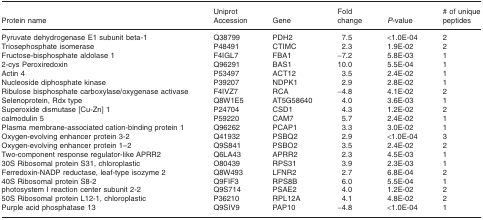
<table><thead><tr><td><b>Protein name</b></td><td><b>Uniprot Accession</b></td><td><b>Gene</b></td><td><b>Fold change</b></td><td><b><i>P</i>-value</b></td><td><b># of unique peptides</b></td></tr></thead><tbody><tr><td>Pyruvate dehydrogenase E1 subunit beta-1</td><td>Q38799</td><td>PDH2</td><td>7.5</td><td>&lt;1.0E-04</td><td>2</td></tr><tr><td>Triosephosphate isomerase</td><td>P48491</td><td>CTIMC</td><td>2.3</td><td>1.9E-02</td><td>2</td></tr><tr><td>Fructose-bisphosphate aldolase 1</td><td>F4IGL7</td><td>FBA1</td><td>−7.2</td><td>5.8E-03</td><td>1</td></tr><tr><td>2-cys Peroxiredoxin</td><td>Q96291</td><td>BAS1</td><td>10.0</td><td>5.5E-04</td><td>1</td></tr><tr><td>Actin 4</td><td>P53497</td><td>ACT12</td><td>3.5</td><td>2.4E-02</td><td>1</td></tr><tr><td>Nucleoside diphosphate kinase</td><td>P39207</td><td>NDPK1</td><td>2.9</td><td>2.8E-02</td><td>1</td></tr><tr><td>Ribulose bisphosphate carboxylase/oxygenase activase</td><td>F4IVZ7</td><td>RCA</td><td>−4.8</td><td>4.1E-02</td><td>2</td></tr><tr><td>Selenoprotein, Rdx type</td><td>Q8W1E5</td><td>AT5G58640</td><td>4.0</td><td>3.6E-03</td><td>1</td></tr><tr><td>Superoxide dismutase [Cu-Zn] 1</td><td>P24704</td><td>CSD1</td><td>4.3</td><td>1.2E-02</td><td>2</td></tr><tr><td>calmodulin 5</td><td>P59220</td><td>CAM7</td><td>5.7</td><td>2.4E-02</td><td>1</td></tr><tr><td>Plasma membrane-associated cation-binding protein 1</td><td>Q96262</td><td>PCAP1</td><td>3.3</td><td>3.0E-02</td><td>1</td></tr><tr><td>Oxygen-evolving enhancer protein 3-2</td><td>Q41932</td><td>PSBQ2</td><td>2.9</td><td>&lt;1.0E-04</td><td>3</td></tr><tr><td>Oxygen-evolving enhancer protein 1–2</td><td>Q9S841</td><td>PSBO2</td><td>3.5</td><td>2.4E-02</td><td>2</td></tr><tr><td>Two-component response regulator-like APRR2</td><td>Q6LA43</td><td>APRR2</td><td>2.3</td><td>4.5E-03</td><td>1</td></tr><tr><td>30S Ribosomal protein S31, chloroplastic</td><td>O80439</td><td>RPS31</td><td>3.9</td><td>2.3E-03</td><td>1</td></tr><tr><td>Ferredoxin-NADP reductase, leaf-type isozyme 2</td><td>Q8W493</td><td>LFNR2</td><td>2.7</td><td>6.8E-04</td><td>2</td></tr><tr><td>40S Ribosomal protein S8-2</td><td>Q9FIF3</td><td>RPS8B</td><td>6.0</td><td>5.5E-04</td><td>1</td></tr><tr><td>photosystem I reaction center subunit 2-2</td><td>Q9S714</td><td>PSAE2</td><td>4.0</td><td>1.2E-02</td><td>2</td></tr><tr><td>50S Ribosomal protein L12-1, chloroplastic</td><td>P36210</td><td>RPL12A</td><td>4.1</td><td>4.8E-02</td><td>2</td></tr><tr><td>Purple acid phosphatase 13</td><td>Q9SIV9</td><td>PAP10</td><td>−4.8</td><td>&lt;1.0E-04</td><td>1</td></tr></tbody></table>